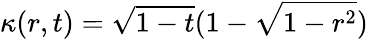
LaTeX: \kappa(r,t)=\sqrt{1-t}(1-\sqrt{1-r^{2}})